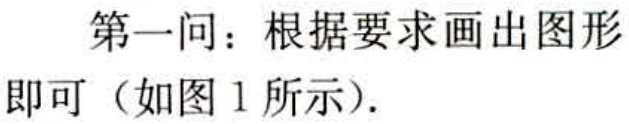
第一问：根据要求画出图形即可（如图 1 所示）.